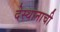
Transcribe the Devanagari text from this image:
देस्थानाची